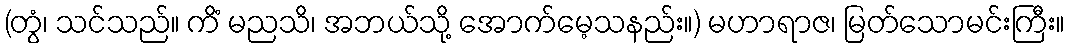
(တွံ၊ သင်သည်။ ကိံ မညသိ၊ အဘယ်သို့ အောက်မေ့သနည်း။) မဟာရာဇ၊ မြတ်သောမင်းကြီး။